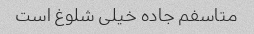
متاسفم جاده خیلی شلوغ است